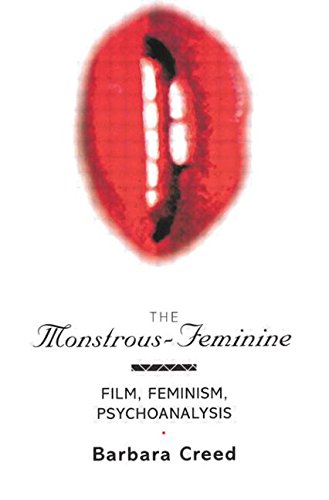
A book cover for The Monstrous-Feminine: Film, Feminism, Psychoanalysis (Popular Fictions Series); Barbara Creed; Humor & Entertainment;